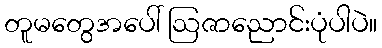
တူမတွေအပေါ် ဩဇာညောင်းပုံပါပဲ။